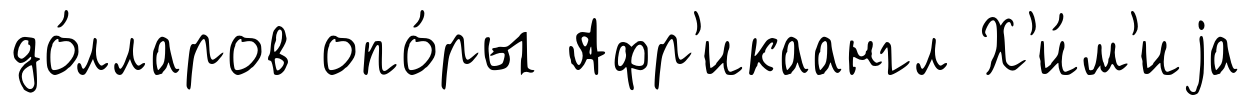
до́лларов опо́ры Афр'икаангл Х'и́м'иjа